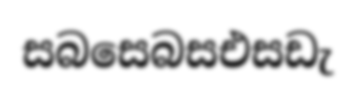
සබසෙබසඑසඩැ